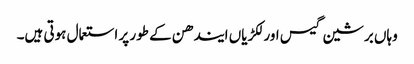
وہاں برشین گیس اور لکڑیاں ایندھن کے طور پر استعمال ہوتی ہیں۔